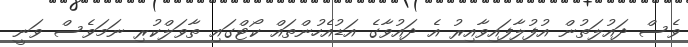
ވެސް ދައުލަތުން އުފުލާފައިވާއިރު އެ ދައުވާގެ އަޑުއެހުންތައް ކޯޓްގައި ތާވަލްކުރި ނަމަވެސް ވަނީ